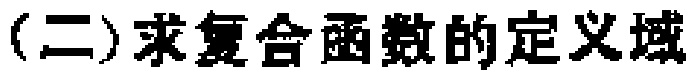
(二)求复合函数的定义域